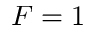
{ F } = 1